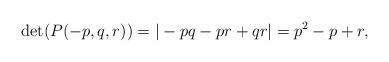
LaTeX: \begin{align*}\det(P(-p,q, r)) = | -pq-pr+qr| = p^2-p +r,\end{align*}